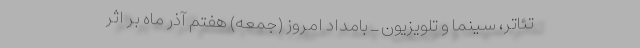
تئاتر، سینما و تلویزیون ـ بامداد امروز (جمعه) هفتم آذر ماه بر اثر